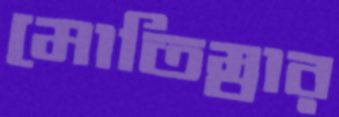
মোতিম্বার